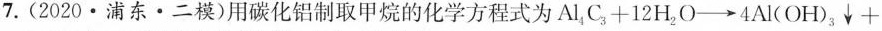
7.(2 0 2 0·浦东·二模)用碳化铝制取甲烷的化学方程式为$$Al _ { 4 } C _ { 3 } + 1 2 H _ { 2 } O \longrightarrow 4 Al(OH) _ { 3 } \downarrow +$$